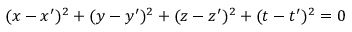
( x - x ^ { \prime } ) ^ { 2 } + ( y - y ^ { \prime } ) ^ { 2 } + ( z - z ^ { \prime } ) ^ { 2 } + ( t - t ^ { \prime } ) ^ { 2 } = 0